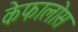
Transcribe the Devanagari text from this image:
केफालोस